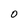
Character: O